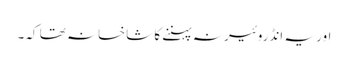
اور یہ انڈروئیر نہ پہننے کا شاخسانہ تھا کہ۔